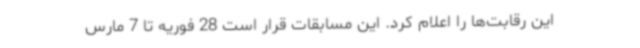
این رقابت‌ها را اعلام کرد. این مسابقات قرار است 28 فوریه تا 7 مارس